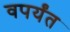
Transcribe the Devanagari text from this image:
वपर्यंत